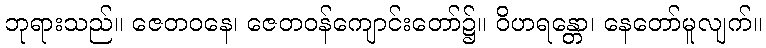
ဘုရားသည်။ ဇေတဝနေ၊ ဇေတဝန်ကျောင်းတော်၌။ ဝိဟရန္တော၊ နေတော်မူလျက်။